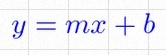
y=mx+b